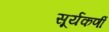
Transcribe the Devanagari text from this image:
सूर्यकर्णी